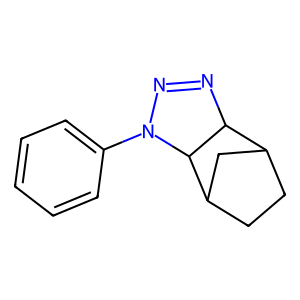
SMILES: c1ccc(N2N=NC3C4CCC(C4)C32)cc1
Inhibits HIV replication: No